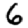
Digit: 6